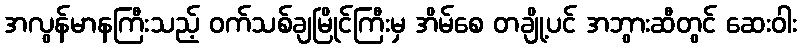
အလွန်မာနကြီးသည့် ဝက်သစ်ချမြိုင်ကြီးမှ အိမ်စေ တချို့ပင် အဘွားဆီတွင် ဆေးဝါး